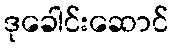
ဒုခေါင်းဆောင်